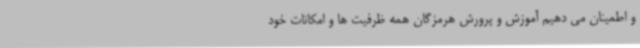
و اطمینان می دهیم آموزش و پرورش هرمزگان همه ظرفیت ها و امکانات خود